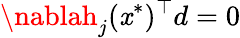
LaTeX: \nablah_{j}(\mathit{x}^{*})^{\top}d=0